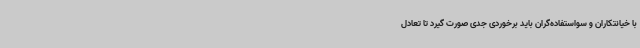
با خیانتکاران و سواستفاده‌گران باید برخوردی جدی صورت گیرد تا تعادل